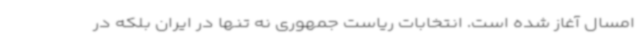
امسال آغاز شده است. انتخابات ریاست جمهوری نه تنها در ایران بلکه در